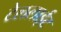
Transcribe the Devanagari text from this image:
टेललाईट